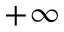
+ \infty